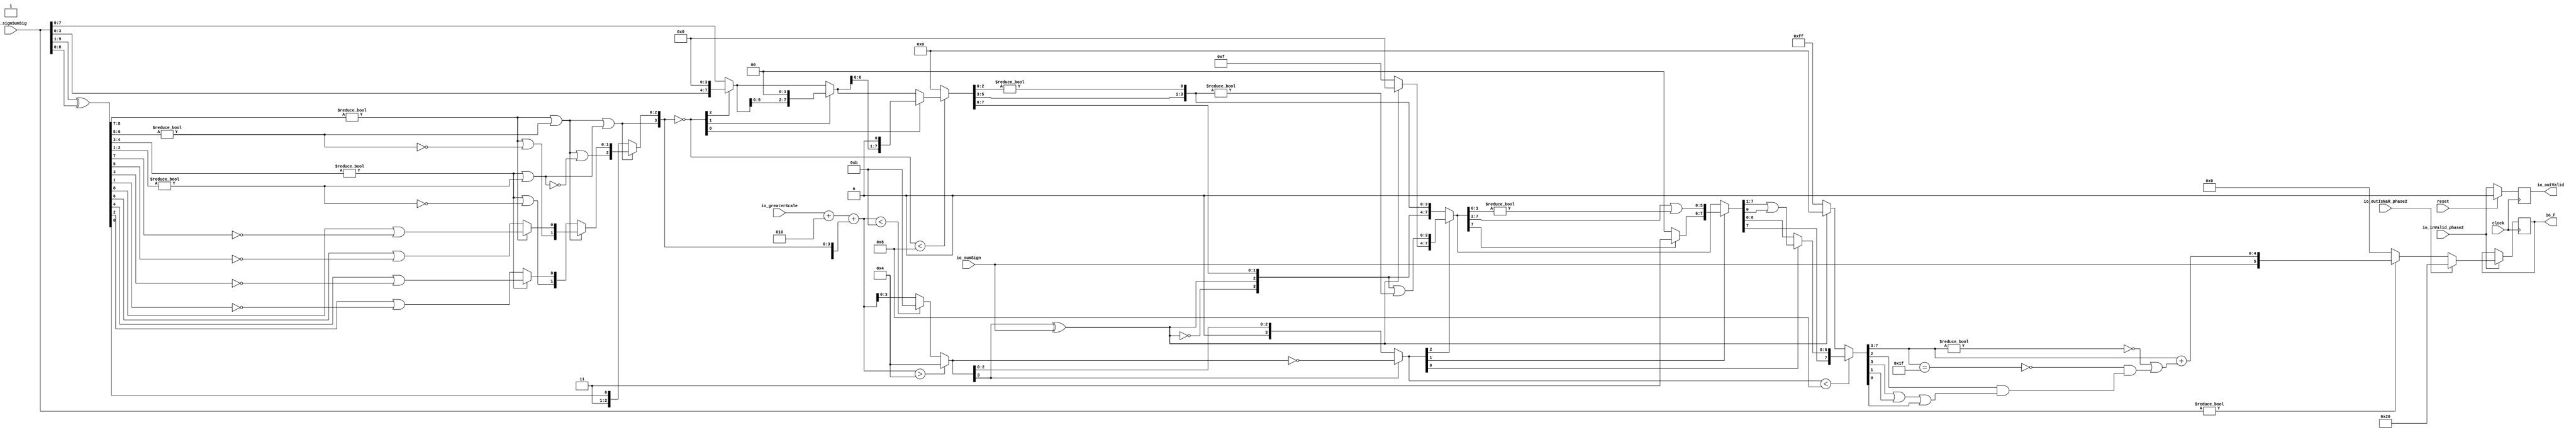
module FMAEnc6_0(
  input        clock,
  input        reset,
  input        io_inValid_phase2,
  input  [9:0] io_signSumSig,
  input        io_sumSign,
  input  [3:0] io_greaterScale,
  input        io_outIsNaR_phase2,
  output [5:0] io_F,
  output       io_outValid
);
  wire [8:0] _T; // @[FMAEnc.scala 35:36]
  wire [8:0] _T_1; // @[FMAEnc.scala 35:74]
  wire [8:0] sumXor; // @[FMAEnc.scala 35:54]
  wire [7:0] _T_2; // @[LZD.scala 43:32]
  wire [3:0] _T_3; // @[LZD.scala 43:32]
  wire [1:0] _T_4; // @[LZD.scala 43:32]
  wire  _T_5; // @[LZD.scala 39:14]
  wire  _T_6; // @[LZD.scala 39:21]
  wire  _T_7; // @[LZD.scala 39:30]
  wire  _T_8; // @[LZD.scala 39:27]
  wire  _T_9; // @[LZD.scala 39:25]
  wire [1:0] _T_10; // @[Cat.scala 29:58]
  wire [1:0] _T_11; // @[LZD.scala 44:32]
  wire  _T_12; // @[LZD.scala 39:14]
  wire  _T_13; // @[LZD.scala 39:21]
  wire  _T_14; // @[LZD.scala 39:30]
  wire  _T_15; // @[LZD.scala 39:27]
  wire  _T_16; // @[LZD.scala 39:25]
  wire [1:0] _T_17; // @[Cat.scala 29:58]
  wire  _T_18; // @[Shift.scala 12:21]
  wire  _T_19; // @[Shift.scala 12:21]
  wire  _T_20; // @[LZD.scala 49:16]
  wire  _T_21; // @[LZD.scala 49:27]
  wire  _T_22; // @[LZD.scala 49:25]
  wire  _T_23; // @[LZD.scala 49:47]
  wire  _T_24; // @[LZD.scala 49:59]
  wire  _T_25; // @[LZD.scala 49:35]
  wire [2:0] _T_27; // @[Cat.scala 29:58]
  wire [3:0] _T_28; // @[LZD.scala 44:32]
  wire [1:0] _T_29; // @[LZD.scala 43:32]
  wire  _T_30; // @[LZD.scala 39:14]
  wire  _T_31; // @[LZD.scala 39:21]
  wire  _T_32; // @[LZD.scala 39:30]
  wire  _T_33; // @[LZD.scala 39:27]
  wire  _T_34; // @[LZD.scala 39:25]
  wire [1:0] _T_35; // @[Cat.scala 29:58]
  wire [1:0] _T_36; // @[LZD.scala 44:32]
  wire  _T_37; // @[LZD.scala 39:14]
  wire  _T_38; // @[LZD.scala 39:21]
  wire  _T_39; // @[LZD.scala 39:30]
  wire  _T_40; // @[LZD.scala 39:27]
  wire  _T_41; // @[LZD.scala 39:25]
  wire [1:0] _T_42; // @[Cat.scala 29:58]
  wire  _T_43; // @[Shift.scala 12:21]
  wire  _T_44; // @[Shift.scala 12:21]
  wire  _T_45; // @[LZD.scala 49:16]
  wire  _T_46; // @[LZD.scala 49:27]
  wire  _T_47; // @[LZD.scala 49:25]
  wire  _T_48; // @[LZD.scala 49:47]
  wire  _T_49; // @[LZD.scala 49:59]
  wire  _T_50; // @[LZD.scala 49:35]
  wire [2:0] _T_52; // @[Cat.scala 29:58]
  wire  _T_53; // @[Shift.scala 12:21]
  wire  _T_54; // @[Shift.scala 12:21]
  wire  _T_55; // @[LZD.scala 49:16]
  wire  _T_56; // @[LZD.scala 49:27]
  wire  _T_57; // @[LZD.scala 49:25]
  wire [1:0] _T_58; // @[LZD.scala 49:47]
  wire [1:0] _T_59; // @[LZD.scala 49:59]
  wire [1:0] _T_60; // @[LZD.scala 49:35]
  wire [3:0] _T_62; // @[Cat.scala 29:58]
  wire  _T_63; // @[LZD.scala 44:32]
  wire  _T_65; // @[Shift.scala 12:21]
  wire [2:0] _T_68; // @[Cat.scala 29:58]
  wire [2:0] _T_69; // @[LZD.scala 55:32]
  wire [2:0] _T_70; // @[LZD.scala 55:20]
  wire [3:0] sumLZD; // @[Cat.scala 29:58]
  wire [3:0] shiftValue; // @[FMAEnc.scala 37:24]
  wire [7:0] _T_71; // @[FMAEnc.scala 38:41]
  wire  _T_72; // @[Shift.scala 16:24]
  wire [2:0] _T_73; // @[Shift.scala 17:37]
  wire  _T_74; // @[Shift.scala 12:21]
  wire [3:0] _T_75; // @[Shift.scala 64:52]
  wire [7:0] _T_77; // @[Cat.scala 29:58]
  wire [7:0] _T_78; // @[Shift.scala 64:27]
  wire [1:0] _T_79; // @[Shift.scala 66:70]
  wire  _T_80; // @[Shift.scala 12:21]
  wire [5:0] _T_81; // @[Shift.scala 64:52]
  wire [7:0] _T_83; // @[Cat.scala 29:58]
  wire [7:0] _T_84; // @[Shift.scala 64:27]
  wire  _T_85; // @[Shift.scala 66:70]
  wire [6:0] _T_87; // @[Shift.scala 64:52]
  wire [7:0] _T_88; // @[Cat.scala 29:58]
  wire [7:0] _T_89; // @[Shift.scala 64:27]
  wire [7:0] normalFracTmp; // @[Shift.scala 16:10]
  wire [3:0] _T_91; // @[FMAEnc.scala 41:39]
  wire [3:0] _T_92; // @[FMAEnc.scala 41:39]
  wire [4:0] _T_93; // @[Cat.scala 29:58]
  wire [4:0] _T_94; // @[FMAEnc.scala 41:64]
  wire [4:0] _GEN_2; // @[FMAEnc.scala 41:45]
  wire [4:0] _T_96; // @[FMAEnc.scala 41:45]
  wire [4:0] sumScale; // @[FMAEnc.scala 41:45]
  wire [2:0] sumFrac; // @[FMAEnc.scala 42:41]
  wire [4:0] grsTmp; // @[FMAEnc.scala 45:41]
  wire [1:0] _T_97; // @[FMAEnc.scala 48:40]
  wire [2:0] _T_98; // @[FMAEnc.scala 48:56]
  wire  _T_99; // @[FMAEnc.scala 48:60]
  wire  underflow; // @[FMAEnc.scala 55:32]
  wire  overflow; // @[FMAEnc.scala 56:32]
  wire  _T_100; // @[FMAEnc.scala 65:35]
  wire  decF_isZero; // @[FMAEnc.scala 65:20]
  wire [4:0] _T_102; // @[Mux.scala 87:16]
  wire [4:0] _T_103; // @[Mux.scala 87:16]
  wire [3:0] _GEN_3; // @[FMAEnc.scala 62:18 FMAEnc.scala 68:17]
  wire [3:0] decF_scale; // @[FMAEnc.scala 62:18 FMAEnc.scala 68:17]
  wire  _T_105; // @[convert.scala 49:36]
  wire [3:0] _T_107; // @[convert.scala 50:36]
  wire [3:0] _T_108; // @[convert.scala 50:36]
  wire [3:0] _T_109; // @[convert.scala 50:28]
  wire  _T_110; // @[convert.scala 51:31]
  wire  _T_111; // @[convert.scala 53:34]
  wire [7:0] _T_114; // @[Cat.scala 29:58]
  wire [3:0] _T_115; // @[Shift.scala 39:17]
  wire  _T_116; // @[Shift.scala 39:24]
  wire [2:0] _T_117; // @[Shift.scala 40:44]
  wire [3:0] _T_118; // @[Shift.scala 90:30]
  wire [3:0] _T_119; // @[Shift.scala 90:48]
  wire  _T_120; // @[Shift.scala 90:57]
  wire [3:0] _GEN_4; // @[Shift.scala 90:39]
  wire [3:0] _T_121; // @[Shift.scala 90:39]
  wire  _T_122; // @[Shift.scala 12:21]
  wire  _T_123; // @[Shift.scala 12:21]
  wire [3:0] _T_125; // @[Bitwise.scala 71:12]
  wire [7:0] _T_126; // @[Cat.scala 29:58]
  wire [7:0] _T_127; // @[Shift.scala 91:22]
  wire [1:0] _T_128; // @[Shift.scala 92:77]
  wire [5:0] _T_129; // @[Shift.scala 90:30]
  wire [1:0] _T_130; // @[Shift.scala 90:48]
  wire  _T_131; // @[Shift.scala 90:57]
  wire [5:0] _GEN_5; // @[Shift.scala 90:39]
  wire [5:0] _T_132; // @[Shift.scala 90:39]
  wire  _T_133; // @[Shift.scala 12:21]
  wire  _T_134; // @[Shift.scala 12:21]
  wire [1:0] _T_136; // @[Bitwise.scala 71:12]
  wire [7:0] _T_137; // @[Cat.scala 29:58]
  wire [7:0] _T_138; // @[Shift.scala 91:22]
  wire  _T_139; // @[Shift.scala 92:77]
  wire [6:0] _T_140; // @[Shift.scala 90:30]
  wire  _T_141; // @[Shift.scala 90:48]
  wire [6:0] _GEN_6; // @[Shift.scala 90:39]
  wire [6:0] _T_143; // @[Shift.scala 90:39]
  wire  _T_145; // @[Shift.scala 12:21]
  wire [7:0] _T_146; // @[Cat.scala 29:58]
  wire [7:0] _T_147; // @[Shift.scala 91:22]
  wire [7:0] _T_150; // @[Bitwise.scala 71:12]
  wire [7:0] _T_151; // @[Shift.scala 39:10]
  wire  _T_152; // @[convert.scala 55:31]
  wire  _T_153; // @[convert.scala 56:31]
  wire  _T_154; // @[convert.scala 57:31]
  wire  _T_155; // @[convert.scala 58:31]
  wire [4:0] _T_156; // @[convert.scala 59:69]
  wire  _T_157; // @[convert.scala 59:81]
  wire  _T_158; // @[convert.scala 59:50]
  wire  _T_160; // @[convert.scala 60:81]
  wire  _T_161; // @[convert.scala 61:44]
  wire  _T_162; // @[convert.scala 61:52]
  wire  _T_163; // @[convert.scala 61:36]
  wire  _T_164; // @[convert.scala 62:63]
  wire  _T_165; // @[convert.scala 62:103]
  wire  _T_166; // @[convert.scala 62:60]
  wire [4:0] _GEN_7; // @[convert.scala 63:56]
  wire [4:0] _T_169; // @[convert.scala 63:56]
  wire [5:0] _T_170; // @[Cat.scala 29:58]
  reg  _T_174; // @[Valid.scala 117:22]
  reg [31:0] _RAND_0;
  reg [5:0] _T_178; // @[Reg.scala 15:16]
  reg [31:0] _RAND_1;
  assign _T = io_signSumSig[9:1]; // @[FMAEnc.scala 35:36]
  assign _T_1 = io_signSumSig[8:0]; // @[FMAEnc.scala 35:74]
  assign sumXor = _T ^ _T_1; // @[FMAEnc.scala 35:54]
  assign _T_2 = sumXor[8:1]; // @[LZD.scala 43:32]
  assign _T_3 = _T_2[7:4]; // @[LZD.scala 43:32]
  assign _T_4 = _T_3[3:2]; // @[LZD.scala 43:32]
  assign _T_5 = _T_4 != 2'h0; // @[LZD.scala 39:14]
  assign _T_6 = _T_4[1]; // @[LZD.scala 39:21]
  assign _T_7 = _T_4[0]; // @[LZD.scala 39:30]
  assign _T_8 = ~ _T_7; // @[LZD.scala 39:27]
  assign _T_9 = _T_6 | _T_8; // @[LZD.scala 39:25]
  assign _T_10 = {_T_5,_T_9}; // @[Cat.scala 29:58]
  assign _T_11 = _T_3[1:0]; // @[LZD.scala 44:32]
  assign _T_12 = _T_11 != 2'h0; // @[LZD.scala 39:14]
  assign _T_13 = _T_11[1]; // @[LZD.scala 39:21]
  assign _T_14 = _T_11[0]; // @[LZD.scala 39:30]
  assign _T_15 = ~ _T_14; // @[LZD.scala 39:27]
  assign _T_16 = _T_13 | _T_15; // @[LZD.scala 39:25]
  assign _T_17 = {_T_12,_T_16}; // @[Cat.scala 29:58]
  assign _T_18 = _T_10[1]; // @[Shift.scala 12:21]
  assign _T_19 = _T_17[1]; // @[Shift.scala 12:21]
  assign _T_20 = _T_18 | _T_19; // @[LZD.scala 49:16]
  assign _T_21 = ~ _T_19; // @[LZD.scala 49:27]
  assign _T_22 = _T_18 | _T_21; // @[LZD.scala 49:25]
  assign _T_23 = _T_10[0:0]; // @[LZD.scala 49:47]
  assign _T_24 = _T_17[0:0]; // @[LZD.scala 49:59]
  assign _T_25 = _T_18 ? _T_23 : _T_24; // @[LZD.scala 49:35]
  assign _T_27 = {_T_20,_T_22,_T_25}; // @[Cat.scala 29:58]
  assign _T_28 = _T_2[3:0]; // @[LZD.scala 44:32]
  assign _T_29 = _T_28[3:2]; // @[LZD.scala 43:32]
  assign _T_30 = _T_29 != 2'h0; // @[LZD.scala 39:14]
  assign _T_31 = _T_29[1]; // @[LZD.scala 39:21]
  assign _T_32 = _T_29[0]; // @[LZD.scala 39:30]
  assign _T_33 = ~ _T_32; // @[LZD.scala 39:27]
  assign _T_34 = _T_31 | _T_33; // @[LZD.scala 39:25]
  assign _T_35 = {_T_30,_T_34}; // @[Cat.scala 29:58]
  assign _T_36 = _T_28[1:0]; // @[LZD.scala 44:32]
  assign _T_37 = _T_36 != 2'h0; // @[LZD.scala 39:14]
  assign _T_38 = _T_36[1]; // @[LZD.scala 39:21]
  assign _T_39 = _T_36[0]; // @[LZD.scala 39:30]
  assign _T_40 = ~ _T_39; // @[LZD.scala 39:27]
  assign _T_41 = _T_38 | _T_40; // @[LZD.scala 39:25]
  assign _T_42 = {_T_37,_T_41}; // @[Cat.scala 29:58]
  assign _T_43 = _T_35[1]; // @[Shift.scala 12:21]
  assign _T_44 = _T_42[1]; // @[Shift.scala 12:21]
  assign _T_45 = _T_43 | _T_44; // @[LZD.scala 49:16]
  assign _T_46 = ~ _T_44; // @[LZD.scala 49:27]
  assign _T_47 = _T_43 | _T_46; // @[LZD.scala 49:25]
  assign _T_48 = _T_35[0:0]; // @[LZD.scala 49:47]
  assign _T_49 = _T_42[0:0]; // @[LZD.scala 49:59]
  assign _T_50 = _T_43 ? _T_48 : _T_49; // @[LZD.scala 49:35]
  assign _T_52 = {_T_45,_T_47,_T_50}; // @[Cat.scala 29:58]
  assign _T_53 = _T_27[2]; // @[Shift.scala 12:21]
  assign _T_54 = _T_52[2]; // @[Shift.scala 12:21]
  assign _T_55 = _T_53 | _T_54; // @[LZD.scala 49:16]
  assign _T_56 = ~ _T_54; // @[LZD.scala 49:27]
  assign _T_57 = _T_53 | _T_56; // @[LZD.scala 49:25]
  assign _T_58 = _T_27[1:0]; // @[LZD.scala 49:47]
  assign _T_59 = _T_52[1:0]; // @[LZD.scala 49:59]
  assign _T_60 = _T_53 ? _T_58 : _T_59; // @[LZD.scala 49:35]
  assign _T_62 = {_T_55,_T_57,_T_60}; // @[Cat.scala 29:58]
  assign _T_63 = sumXor[0:0]; // @[LZD.scala 44:32]
  assign _T_65 = _T_62[3]; // @[Shift.scala 12:21]
  assign _T_68 = {2'h3,_T_63}; // @[Cat.scala 29:58]
  assign _T_69 = _T_62[2:0]; // @[LZD.scala 55:32]
  assign _T_70 = _T_65 ? _T_69 : _T_68; // @[LZD.scala 55:20]
  assign sumLZD = {_T_65,_T_70}; // @[Cat.scala 29:58]
  assign shiftValue = ~ sumLZD; // @[FMAEnc.scala 37:24]
  assign _T_71 = io_signSumSig[7:0]; // @[FMAEnc.scala 38:41]
  assign _T_72 = shiftValue < 4'h8; // @[Shift.scala 16:24]
  assign _T_73 = shiftValue[2:0]; // @[Shift.scala 17:37]
  assign _T_74 = _T_73[2]; // @[Shift.scala 12:21]
  assign _T_75 = _T_71[3:0]; // @[Shift.scala 64:52]
  assign _T_77 = {_T_75,4'h0}; // @[Cat.scala 29:58]
  assign _T_78 = _T_74 ? _T_77 : _T_71; // @[Shift.scala 64:27]
  assign _T_79 = _T_73[1:0]; // @[Shift.scala 66:70]
  assign _T_80 = _T_79[1]; // @[Shift.scala 12:21]
  assign _T_81 = _T_78[5:0]; // @[Shift.scala 64:52]
  assign _T_83 = {_T_81,2'h0}; // @[Cat.scala 29:58]
  assign _T_84 = _T_80 ? _T_83 : _T_78; // @[Shift.scala 64:27]
  assign _T_85 = _T_79[0:0]; // @[Shift.scala 66:70]
  assign _T_87 = _T_84[6:0]; // @[Shift.scala 64:52]
  assign _T_88 = {_T_87,1'h0}; // @[Cat.scala 29:58]
  assign _T_89 = _T_85 ? _T_88 : _T_84; // @[Shift.scala 64:27]
  assign normalFracTmp = _T_72 ? _T_89 : 8'h0; // @[Shift.scala 16:10]
  assign _T_91 = $signed(io_greaterScale) + $signed(4'sh2); // @[FMAEnc.scala 41:39]
  assign _T_92 = $signed(_T_91); // @[FMAEnc.scala 41:39]
  assign _T_93 = {1'h1,_T_65,_T_70}; // @[Cat.scala 29:58]
  assign _T_94 = $signed(_T_93); // @[FMAEnc.scala 41:64]
  assign _GEN_2 = {{1{_T_92[3]}},_T_92}; // @[FMAEnc.scala 41:45]
  assign _T_96 = $signed(_GEN_2) + $signed(_T_94); // @[FMAEnc.scala 41:45]
  assign sumScale = $signed(_T_96); // @[FMAEnc.scala 41:45]
  assign sumFrac = normalFracTmp[7:5]; // @[FMAEnc.scala 42:41]
  assign grsTmp = normalFracTmp[4:0]; // @[FMAEnc.scala 45:41]
  assign _T_97 = grsTmp[4:3]; // @[FMAEnc.scala 48:40]
  assign _T_98 = grsTmp[2:0]; // @[FMAEnc.scala 48:56]
  assign _T_99 = _T_98 != 3'h0; // @[FMAEnc.scala 48:60]
  assign underflow = $signed(sumScale) < $signed(-5'sh5); // @[FMAEnc.scala 55:32]
  assign overflow = $signed(sumScale) > $signed(5'sh4); // @[FMAEnc.scala 56:32]
  assign _T_100 = io_signSumSig != 10'h0; // @[FMAEnc.scala 65:35]
  assign decF_isZero = ~ _T_100; // @[FMAEnc.scala 65:20]
  assign _T_102 = underflow ? $signed(-5'sh5) : $signed(sumScale); // @[Mux.scala 87:16]
  assign _T_103 = overflow ? $signed(5'sh4) : $signed(_T_102); // @[Mux.scala 87:16]
  assign _GEN_3 = _T_103[3:0]; // @[FMAEnc.scala 62:18 FMAEnc.scala 68:17]
  assign decF_scale = $signed(_GEN_3); // @[FMAEnc.scala 62:18 FMAEnc.scala 68:17]
  assign _T_105 = decF_scale[3:3]; // @[convert.scala 49:36]
  assign _T_107 = ~ decF_scale; // @[convert.scala 50:36]
  assign _T_108 = $signed(_T_107); // @[convert.scala 50:36]
  assign _T_109 = _T_105 ? $signed(_T_108) : $signed(decF_scale); // @[convert.scala 50:28]
  assign _T_110 = _T_105 ^ io_sumSign; // @[convert.scala 51:31]
  assign _T_111 = ~ _T_110; // @[convert.scala 53:34]
  assign _T_114 = {_T_111,_T_110,sumFrac,_T_97,_T_99}; // @[Cat.scala 29:58]
  assign _T_115 = $unsigned(_T_109); // @[Shift.scala 39:17]
  assign _T_116 = _T_115 < 4'h8; // @[Shift.scala 39:24]
  assign _T_117 = _T_109[2:0]; // @[Shift.scala 40:44]
  assign _T_118 = _T_114[7:4]; // @[Shift.scala 90:30]
  assign _T_119 = _T_114[3:0]; // @[Shift.scala 90:48]
  assign _T_120 = _T_119 != 4'h0; // @[Shift.scala 90:57]
  assign _GEN_4 = {{3'd0}, _T_120}; // @[Shift.scala 90:39]
  assign _T_121 = _T_118 | _GEN_4; // @[Shift.scala 90:39]
  assign _T_122 = _T_117[2]; // @[Shift.scala 12:21]
  assign _T_123 = _T_114[7]; // @[Shift.scala 12:21]
  assign _T_125 = _T_123 ? 4'hf : 4'h0; // @[Bitwise.scala 71:12]
  assign _T_126 = {_T_125,_T_121}; // @[Cat.scala 29:58]
  assign _T_127 = _T_122 ? _T_126 : _T_114; // @[Shift.scala 91:22]
  assign _T_128 = _T_117[1:0]; // @[Shift.scala 92:77]
  assign _T_129 = _T_127[7:2]; // @[Shift.scala 90:30]
  assign _T_130 = _T_127[1:0]; // @[Shift.scala 90:48]
  assign _T_131 = _T_130 != 2'h0; // @[Shift.scala 90:57]
  assign _GEN_5 = {{5'd0}, _T_131}; // @[Shift.scala 90:39]
  assign _T_132 = _T_129 | _GEN_5; // @[Shift.scala 90:39]
  assign _T_133 = _T_128[1]; // @[Shift.scala 12:21]
  assign _T_134 = _T_127[7]; // @[Shift.scala 12:21]
  assign _T_136 = _T_134 ? 2'h3 : 2'h0; // @[Bitwise.scala 71:12]
  assign _T_137 = {_T_136,_T_132}; // @[Cat.scala 29:58]
  assign _T_138 = _T_133 ? _T_137 : _T_127; // @[Shift.scala 91:22]
  assign _T_139 = _T_128[0:0]; // @[Shift.scala 92:77]
  assign _T_140 = _T_138[7:1]; // @[Shift.scala 90:30]
  assign _T_141 = _T_138[0:0]; // @[Shift.scala 90:48]
  assign _GEN_6 = {{6'd0}, _T_141}; // @[Shift.scala 90:39]
  assign _T_143 = _T_140 | _GEN_6; // @[Shift.scala 90:39]
  assign _T_145 = _T_138[7]; // @[Shift.scala 12:21]
  assign _T_146 = {_T_145,_T_143}; // @[Cat.scala 29:58]
  assign _T_147 = _T_139 ? _T_146 : _T_138; // @[Shift.scala 91:22]
  assign _T_150 = _T_123 ? 8'hff : 8'h0; // @[Bitwise.scala 71:12]
  assign _T_151 = _T_116 ? _T_147 : _T_150; // @[Shift.scala 39:10]
  assign _T_152 = _T_151[3]; // @[convert.scala 55:31]
  assign _T_153 = _T_151[2]; // @[convert.scala 56:31]
  assign _T_154 = _T_151[1]; // @[convert.scala 57:31]
  assign _T_155 = _T_151[0]; // @[convert.scala 58:31]
  assign _T_156 = _T_151[7:3]; // @[convert.scala 59:69]
  assign _T_157 = _T_156 != 5'h0; // @[convert.scala 59:81]
  assign _T_158 = ~ _T_157; // @[convert.scala 59:50]
  assign _T_160 = _T_156 == 5'h1f; // @[convert.scala 60:81]
  assign _T_161 = _T_152 | _T_154; // @[convert.scala 61:44]
  assign _T_162 = _T_161 | _T_155; // @[convert.scala 61:52]
  assign _T_163 = _T_153 & _T_162; // @[convert.scala 61:36]
  assign _T_164 = ~ _T_160; // @[convert.scala 62:63]
  assign _T_165 = _T_164 & _T_163; // @[convert.scala 62:103]
  assign _T_166 = _T_158 | _T_165; // @[convert.scala 62:60]
  assign _GEN_7 = {{4'd0}, _T_166}; // @[convert.scala 63:56]
  assign _T_169 = _T_156 + _GEN_7; // @[convert.scala 63:56]
  assign _T_170 = {io_sumSign,_T_169}; // @[Cat.scala 29:58]
  assign io_F = _T_178; // @[FMAEnc.scala 85:15]
  assign io_outValid = _T_174; // @[FMAEnc.scala 84:15]
`ifdef RANDOMIZE_GARBAGE_ASSIGN
`define RANDOMIZE
`endif
`ifdef RANDOMIZE_INVALID_ASSIGN
`define RANDOMIZE
`endif
`ifdef RANDOMIZE_REG_INIT
`define RANDOMIZE
`endif
`ifdef RANDOMIZE_MEM_INIT
`define RANDOMIZE
`endif
`ifndef RANDOM
`define RANDOM $random
`endif
`ifdef RANDOMIZE_MEM_INIT
  integer initvar;
`endif
initial begin
  `ifdef RANDOMIZE
    `ifdef INIT_RANDOM
      `INIT_RANDOM
    `endif
    `ifndef VERILATOR
      `ifdef RANDOMIZE_DELAY
        #`RANDOMIZE_DELAY begin end
      `else
        #0.002 begin end
      `endif
    `endif
  `ifdef RANDOMIZE_REG_INIT
  _RAND_0 = {1{`RANDOM}};
  _T_174 = _RAND_0[0:0];
  `endif // RANDOMIZE_REG_INIT
  `ifdef RANDOMIZE_REG_INIT
  _RAND_1 = {1{`RANDOM}};
  _T_178 = _RAND_1[5:0];
  `endif // RANDOMIZE_REG_INIT
  `endif // RANDOMIZE
end
  always @(posedge clock) begin
    if (reset) begin
      _T_174 <= 1'h0;
    end else begin
      _T_174 <= io_inValid_phase2;
    end
    if (io_inValid_phase2) begin
      if (io_outIsNaR_phase2) begin
        _T_178 <= 6'h20;
      end else begin
        if (decF_isZero) begin
          _T_178 <= 6'h0;
        end else begin
          _T_178 <= _T_170;
        end
      end
    end
  end
endmodule